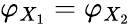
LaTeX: \varphi_{X_{1}}=\varphi_{X_{2}}